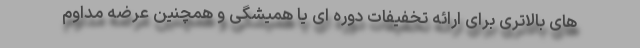
های بالاتری برای ارائه تخفیفات دوره ای یا همیشگی و همچنین عرضه مداوم